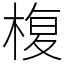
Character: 椱